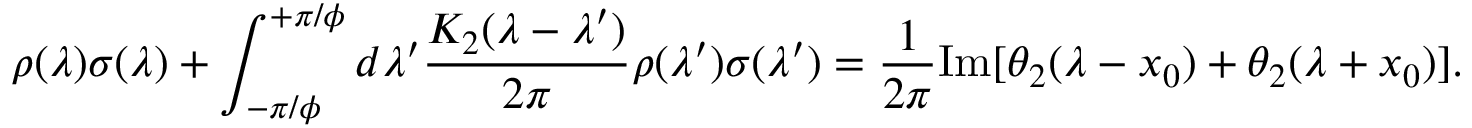
\rho ( \lambda ) \sigma ( \lambda ) + \int _ { - \pi / \phi } ^ { + \pi / \phi } d \lambda ^ { \prime } \frac { K _ { 2 } ( \lambda - \lambda ^ { \prime } ) } { 2 \pi } \rho ( \lambda ^ { \prime } ) \sigma ( \lambda ^ { \prime } ) = \frac { 1 } { 2 \pi } \mathrm { I m } [ \theta _ { 2 } ( \lambda - x _ { 0 } ) + \theta _ { 2 } ( \lambda + x _ { 0 } ) ] .